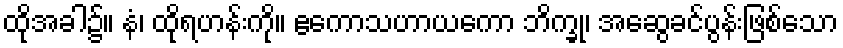
ထိုအခါ၌။ နံ၊ ထိုရဟန်းကို။ ဧကောသဟာယကော ဘိက္ခု၊ အဆွေခင်ပွန်းဖြစ်သော